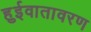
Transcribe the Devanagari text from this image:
हुईवातावरण